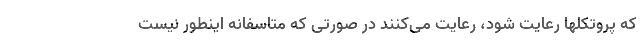
که پروتکلها رعایت شود، رعایت می‌کنند در صورتی که متاسفانه اینطور نیست